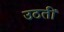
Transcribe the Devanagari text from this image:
उठतीं